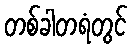
တစ်ခါတရံတွင်